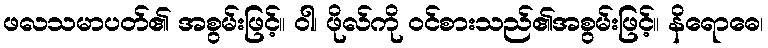
ဖလသမာပတ်၏ အစွမ်းဖြင့်။ ဝါ၊ ဖိုလ်ကို ဝင်စားသည်၏အစွမ်းဖြင့်။ နိရောဓေ၊